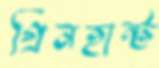
গ্রিনহান্ট